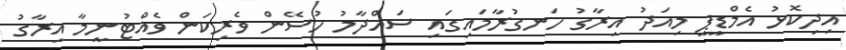
އިދިކޮޅު އެމްޑީޕީ މިއަދު އިރާގު ހަނގުރާމައިގައި ސައްދާމު ހުސޭން ވެރިކަން ވެއްޓުނީމާ އިރާގު